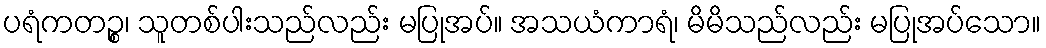
ပရံကတဉ္စ၊ သူတစ်ပါးသည်လည်း မပြုအပ်။ အသယံကာရံ၊ မိမိသည်လည်း မပြုအပ်သော။